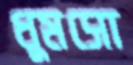
ধুমসো